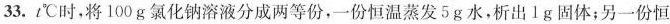
33.t℃时，将100g氯化钠溶液分成两等份，一份恒温蒸发5g水，析出1g固体；另一份恒